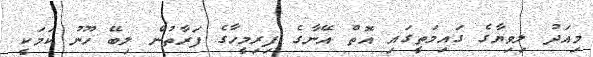
މިއަދު ލިވިޔާގެ ގައިމަތީގައި އޮތް އޭނާގެ ފިރިމީހާގެ ފަރާތުން ލިބޭ ހޫނު ކަމަކީ